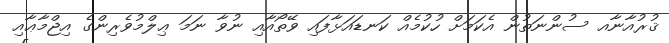
ޤުރުއާނާއ ސުންނަތުން އެކަމަށް ހުކުމެއް ކަނޑައަޅާފައި ވޭތޯއާއި ނުވާ ނަމަ ޢިލްމުވެރިންގެ އިޖްމާޢާއި